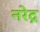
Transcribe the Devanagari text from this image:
नरेद्र